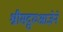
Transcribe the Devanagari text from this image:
श्रीसद्गुरुआज्ञेने